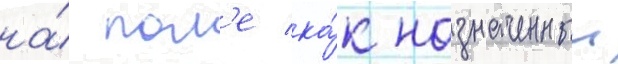
на́ пол'е ка́к назначенныи